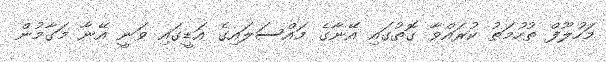
މަހުލޫފް ތުހުމަތު ކުރައްވާ ގޮތުގައި އޭނާގެ މައްސަލައިގެ އަޑީގައި ވަނީ އޭނާ މަގާމުން